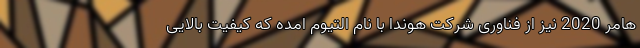
هامر 2020 نیز از فناوری شرکت هوندا با نام التیوم امده که کیفیت بالایی